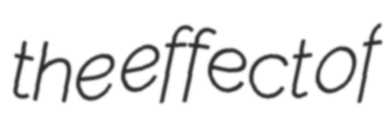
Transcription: the effect of